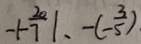
- \vert - \frac { 2 0 } { 7 } \vert 、 - ( - \frac { 3 } { 5 } )